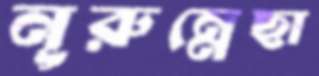
নূরুন্নেছা